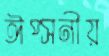
ঈপ্সনীয়